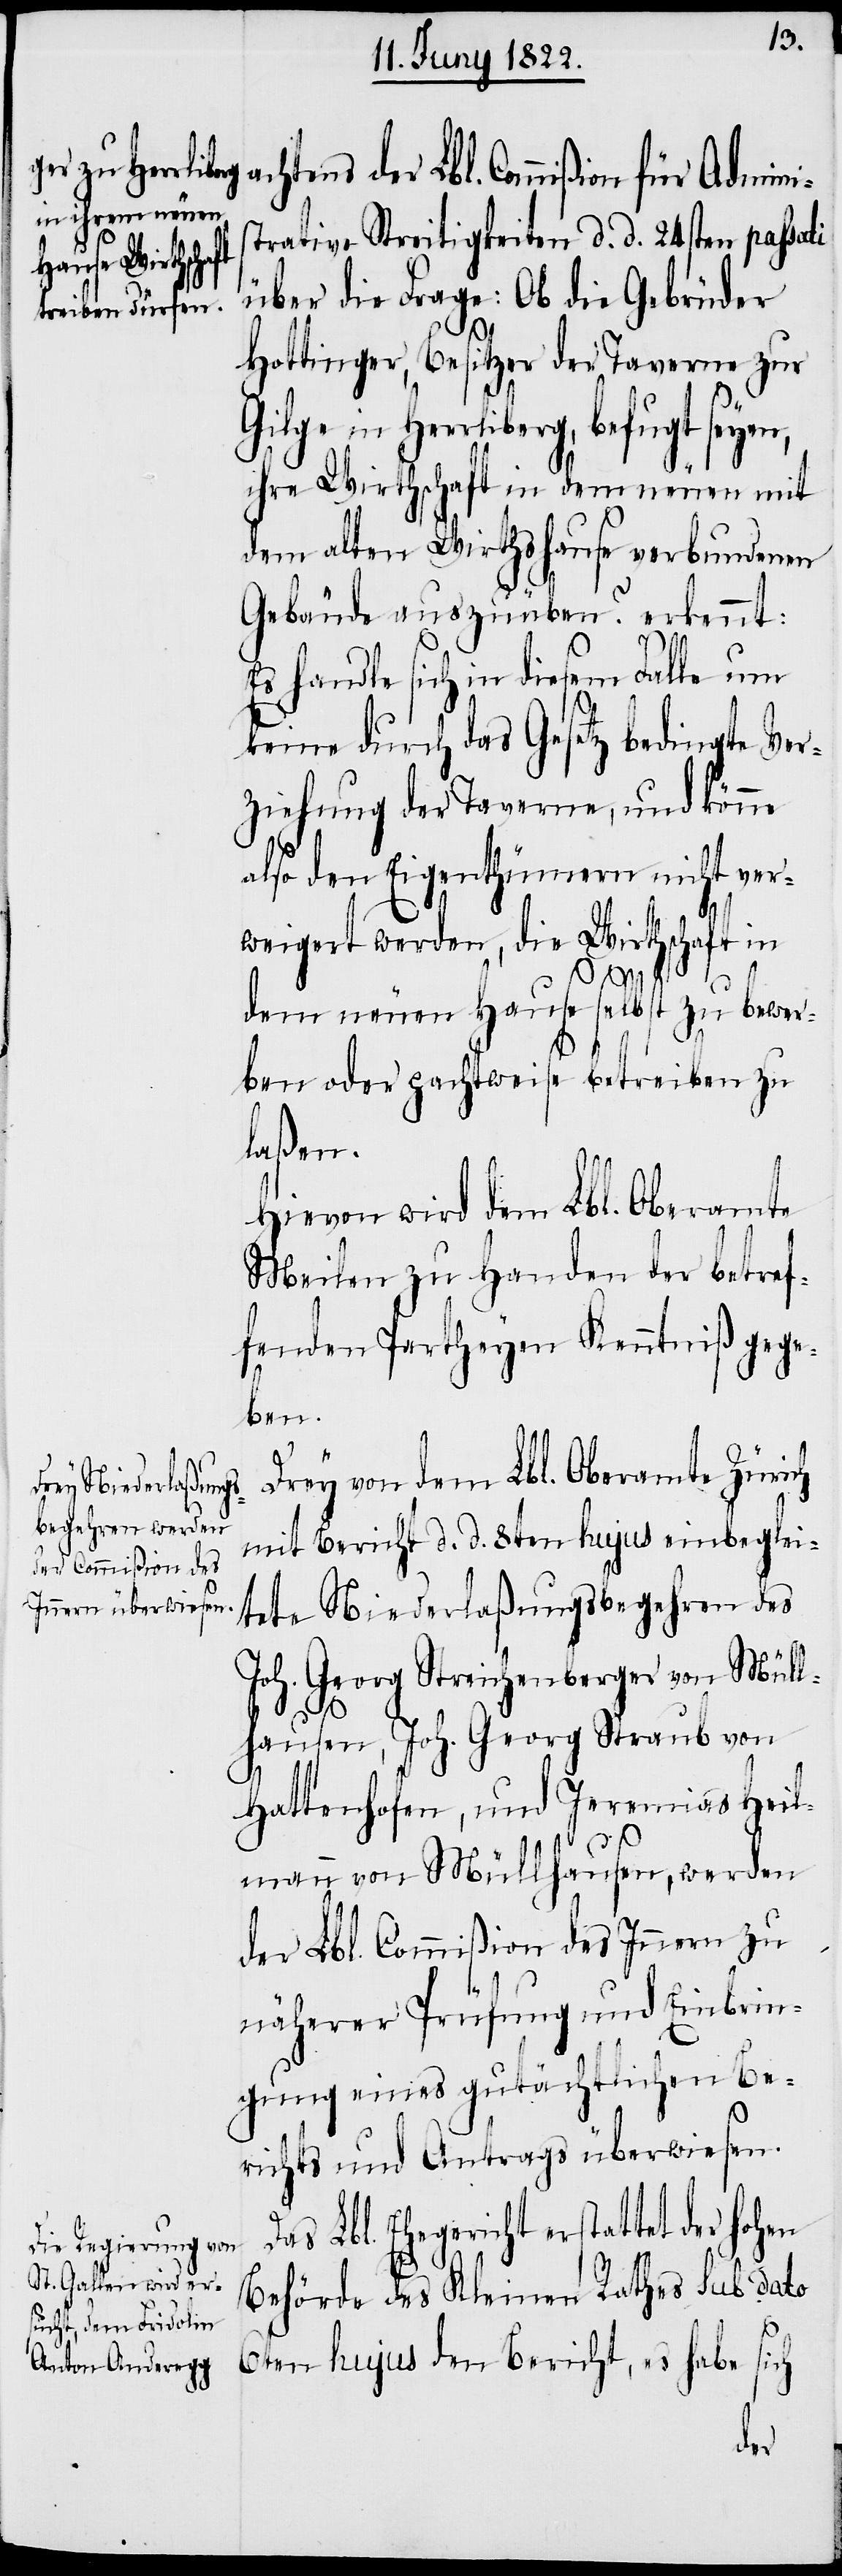
achtens der Lbl. Commißion für Adminis¬
trative Streitigkeiten d. d. 24sten passati
über die Frage: Ob die Gebrüder
Hottinger, Besitzer der Taverne zur
in Herrliberg, befugt seyen,
ihre Wirthschaft in dem neuen mit
dem alten Wirthshause verbundenen
Gebäude auszuüben? erkennt:
Es handle sich in diesem Falle um
keine durch das Gesetz bedingte Ver¬
ziehung der Taverne, und könne
also den Eigenthümern nicht ver¬
weigert werden, die Wirthschaft in
dem neuen Hause selbst zu bewer¬
ben oder pachtweise betreiben zu
laßen.
Hievon wird dem Lbl. Oberamte
Meilen zu Handen der betref¬
fenden Partheyen Kenntniß gege¬
ben.
Drey von dem Lbl. Oberamte Zürich
mit Bericht d. d. 8ten hujus einbeglei¬
tete Niederlaßungsbegehren des
Joh. Georg Streichenberger von Müll¬
hausen, Joh. Georg Straub von
Hattenhofen, und Jeremias Heil¬
mann von Müllhausen, werden
der Lbl. Commißion des Innern zu
näherer Prüfung und Einbrin¬
gung eines gutächtlichen Be¬
richts und Antrags überwiesen.
Lbl. Ehegericht erstattet der hohen
Behörde des Kleinen Rathes Sub dato
6ten hujus den Bericht, es habe sich